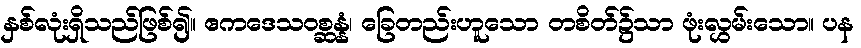
နှစ်လုံးရှိသည်ဖြစ်၍။ ဧကဒေသဝစ္ဆန္နံ၊ ခြေတည်းဟူသော တစိတ်၌သာ ဖုံးလွှမ်းသော။ ပန